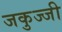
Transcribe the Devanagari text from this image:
जकुज्जी